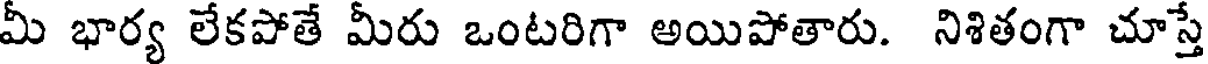
మీ భార్య లేకపోతే మీరు ఒంటరిగా అయిపోతారు. నిశితంగా చూస్తే